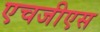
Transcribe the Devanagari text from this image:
एचजीएस